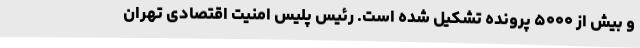
و بیش از ۵۰۰۰ پرونده تشکیل شده است. رئیس پلیس امنیت اقتصادی تهران